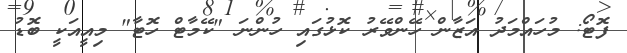
ފޮޓޯ: މުހައްމަދު އަޒާން ހޭންވޭރު ކޮޅުގައި ހުންނަ "ކޭމާޓް ހޮޓާ" މިއީއަކީ ބޮޑު